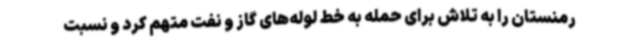
رمنستان را به تلاش برای حمله به خط لوله‌های گاز و نفت متهم کرد و نسبت